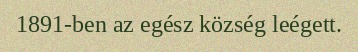
1891-ben az egész község leégett.